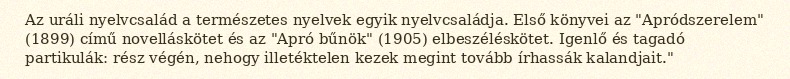
Az uráli nyelvcsalád a természetes nyelvek egyik nyelvcsaládja. Első könyvei az "Apródszerelem" (1899) című novelláskötet és az "Apró bűnök" (1905) elbeszéléskötet. Igenlő és tagadó partikulák: rész végén, nehogy illetéktelen kezek megint tovább írhassák kalandjait."